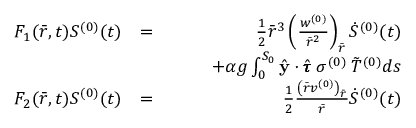
\begin{array} { r l r } { F _ { 1 } ( \bar { r } , t ) S ^ { ( 0 ) } ( t ) } & { = } & { \frac { 1 } { 2 } \bar { r } ^ { 3 } \left( \frac { w ^ { ( 0 ) } } { \bar { r } ^ { 2 } } \right) _ { \bar { r } } \dot { S } ^ { ( 0 ) } ( t ) } \\ & { \quad } & { \quad \quad + \alpha g \int _ { 0 } ^ { S _ { 0 } } \hat { \mathbf { y } } \cdot \hat { \pmb { \tau } } \: \sigma ^ { ( 0 ) } \: \Tilde { T } ^ { ( 0 ) } d s } \\ { F _ { 2 } ( \bar { r } , t ) S ^ { ( 0 ) } ( t ) } & { = } & { \frac { 1 } { 2 } \frac { \left( \bar { r } v ^ { ( 0 ) } \right) _ { \bar { r } } } { \bar { r } } \dot { S } ^ { ( 0 ) } ( t ) } \end{array}